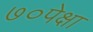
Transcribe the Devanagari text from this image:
७०पेक्षा